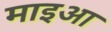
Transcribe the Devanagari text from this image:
माइआ